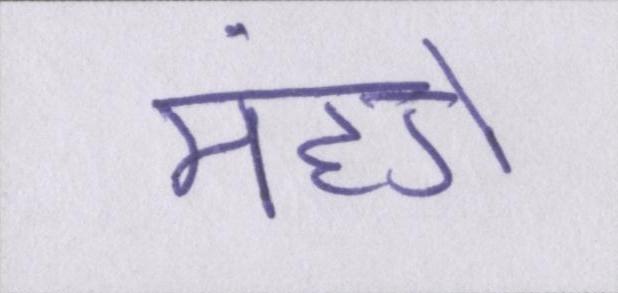
मंहगे